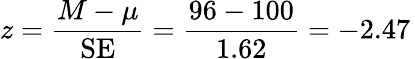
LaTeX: z={\frac{M-\mu}{\mathrm{SE}}}={\frac{96-100}{1.62}}=-2.47\,